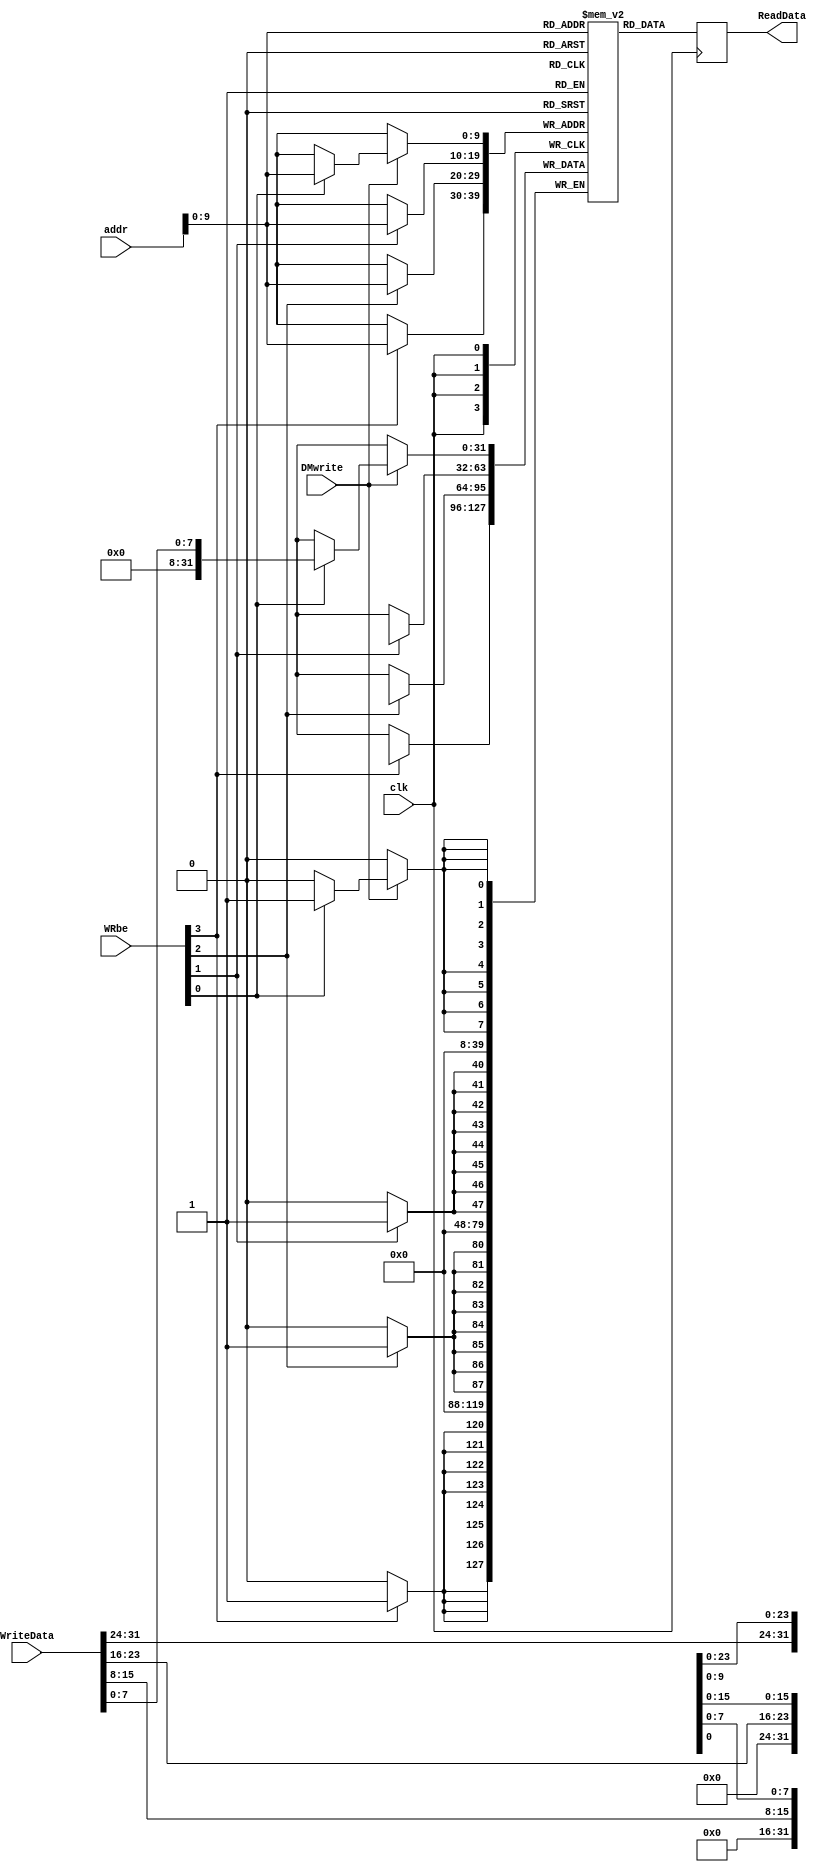
module RISCV_DMEM(WRbe,DMwrite,addr,WriteData,ReadData,clk);
//512 for Dmem and 512 for Imem(beginning)

input DMwrite,clk;
input [3:0] WRbe;
input [31:0] addr;
input [31:0] WriteData;
output reg [31:0] ReadData;
reg [31:0] mem [0:1023];
integer i,j;
   
initial
begin
//R type instructions
mem[0] = 32'h002081b3; // ADD R3,R1,R2; (R3=1E)
mem[4] = 32'h002092b3; // SLL R5,R1,R2; (R5=00a000000)
mem[8] = 32'h0020d333; // SRL R6,R1,R2; (R6=0)
mem[12] = 32'h4020d3b3; // SRA R7,R1,R2; (R7=0)
mem[16] = 32'h0020f433; // AND R8,R1,R2; (R8=0)
mem[20] = 32'h0020a533; // SLT R10,R1,R2;(R10=1)
mem[24] = 32'h0020e4b3; // OR R9,R1,R2;  (R9=1E)
mem[28] = 32'h40208233; // SUB R4,R1,R2; (R4=FFFFFFF6)
mem[32] = 32'h0020ccb3; //XOR R25,R1,R2; (R25=1E)

//U type
mem[36] = 32'h00001fb7; //LUI R31,1; (R31=00001000) 
mem[40] = 32'h00002e17; //AUIPC R28,2;(R28=8232 or 2028 in hex)

//I type
mem[44] = 32'h00000013; // ADDI R0,R0,0;
mem[48] = 32'h00800f6f; //JAL R30,8 (R30=52 or 34 in hex)
mem[52] = 32'h00000000;
mem[56] = 32'h00000000;
mem[60] = 32'h0041c913; // XORI R18,R3,4; (R18=1A)
mem[64] = 32'h00100513; // ADDI R10,R0,1; (R10=1)
mem[68] = 32'h01035813; //SRLI R16,R6,16; (R16=0)
mem[72] = 32'h00402703; //LW R14,4[R0]; (R14=002092b3)
mem[76] = 32'h00501123; // SH R5,2[R0]; (MEM[2]=0)
mem[80] = 32'h0030de93; // SRAI R29,R1,3;(R29=1)
mem[84] = 32'h00800093; //ADDI R1,R0,8; (R1=8)
mem[88] = 32'h00802883; // LW R17,8[R0]; (R17=0020d333) 
mem[92] = 32'h00400113; //ADDI R2,R0,4; (R2=4)
mem[96] = 32'h0020e193; //ORI R3,R1,2; (R3=A)
mem[100] = 32'h00208663; //BEQ R1,R2,12 (No branch) //B type
mem[104] = 32'h00800113; //ADDI R2,R2,4; (R2=8)
mem[108] = 32'h00208463; //BEQ R1,R2,8;
mem[112] = 32'h00000000; //NOP
mem[116] = 32'h00000000; //NOP
mem[120] = 32'h00000013; // ADDI R0,R0,0;
mem[124] = 32'h00000013; // ADDI R0,R0,0;
mem[128] = 32'h1230ab13; //SLTI R22,R1,123; (R22=1)
mem[132] = 32'h1230fb93; //ANDI R23,R1,123; (R23=0)
mem[136] = 32'h00408c03; //LB R24,R1,4; (R24=FFFFFFB3,MEM[12])
mem[140] = 32'h0040cd03; //LBU R26,R1,4; (R26=000000B3)
mem[144] = 32'h00409c83; //LH R25,R1,4; (R25=FFFFD3B3)

//S type
mem[148] = 32'h122081a3; //SB R2,123(R1); 
mem[152] = 32'h122091a3; //SH R2,123(R1);
mem[156] = 32'h1220a1a3; //SW R2,123(R1);
//B type
mem[160] = 32'h00b39e63; //BNE R7,R11,28; 
mem[164] = 32'h00000000;
mem[168] = 32'h00000013; // ADDI R0,R0,0;
mem[172] = 32'h00000000;

for (j=172; j<512; j=j+1)
begin
mem[j]=0;
end
for (i=512; i<1024; i=i+1)
begin   
mem[i]=i*10; 
end
end
	
always @(posedge clk) 
begin
ReadData = mem[addr];

if(DMwrite)

if(WRbe[0]) mem[addr][7:0] <= WriteData[7:0];
if(WRbe[1]) mem[addr][15:8] <= WriteData[15:8];
if(WRbe[2]) mem[addr][23:16] <= WriteData[23:16];
if(WRbe[3]) mem[addr][31:24] <= WriteData[31:24];
end	
endmodule